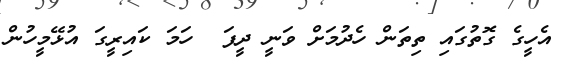
އެހީގެ ގޮތުގައި ތިތަން ހެދުމަށް ވަނީ ދީފަ  ހަމަ ކައިރީގަ އުޅޭމީހުން